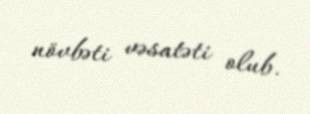
növbəti vəsatəti olub.